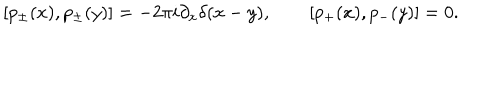
[ p _ { \pm } ( x ) , p _ { \pm } ( y ) ] = - 2 \pi i \partial _ { x } \delta ( x - y ) , \qquad [ p _ { + } ( x ) , p _ { - } ( y ) ] = 0 .